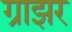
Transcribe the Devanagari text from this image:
ग्राझर